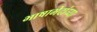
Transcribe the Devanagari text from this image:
भाषाभेदांच्या